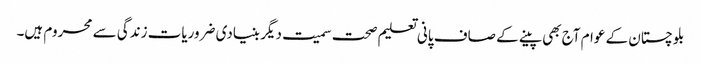
بلوچستان کے عوام آج بھی پینے کے صاف پانی تعلیم صحت سمیت دیگر بنیادی ضروریات زندگی سے محروم ہیں۔